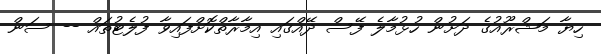
ހިޔާ މަޝްރޫއުގެ ދަށުން ހުޅުމާލެ ފޭސް ދޭއްގައި އިމާރާތްކޮށްފައިވާ ފުލެޓުތައް -- ސަން